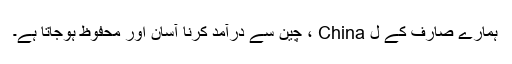
ہمارے صارف کے ل China ، چین سے درآمد کرنا آسان اور محفوظ ہوجاتا ہے۔